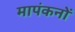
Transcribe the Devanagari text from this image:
मापंकनों